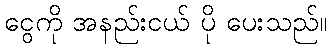
ငွေကို အနည်းငယ် ပို ပေးသည်။